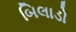
બિલાડો